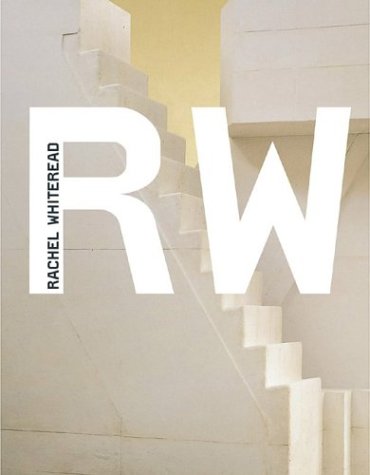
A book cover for RW: Rachel Whiteread (Modern Artists); Charlotte Mullins; Arts & Photography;